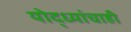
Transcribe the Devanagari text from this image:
योद्ध्यांचाही